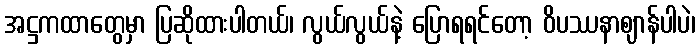
အဋ္ဌကထာတွေမှာ ပြဆိုထားပါတယ်၊ လွယ်လွယ်နဲ့ ပြောရရင်တော့ ဝိပဿနာဈာန်ပါပဲ၊